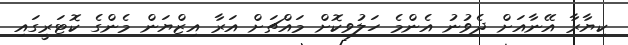
ކިޔާރާ އޭނާއަށް ދެވުނު އެންމެ ހަލުވިކޮށް މައްޗަށް އަރާ އިޒްޔަން މެންގެ ކޮޓަރީގައި